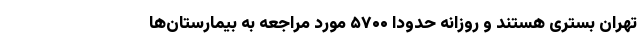
تهران بستری هستند و روزانه حدودا ۵۷۰۰ مورد مراجعه به بیمارستان‌ها